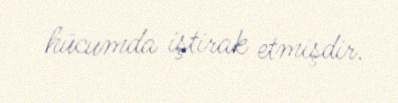
hücumda iştirak etmişdir.